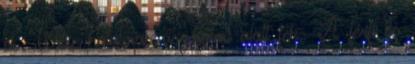
el. Willie hatalmas úszógumi alatt fek- A férfi és